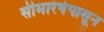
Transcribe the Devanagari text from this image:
सीमारेषेपासून